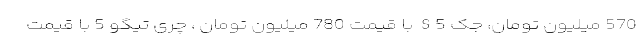
570 میلیون تومان، جک S5 با قیمت 780 میلیون تومان ، چری تیگو 5 با قیمت